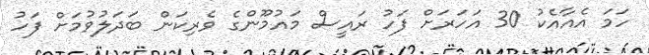
ހަމަ އެއާއެކު 30 އަހަރަށް ފަހު ރައީސް މައުމޫންގެ ވެރިކަން ބަދަލުވުމަށް ފަހު